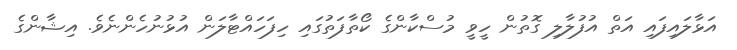
އަޅާލައިފައި އަތް އުފުލާލި ގޮތުން ހީވީ މުސްކާންގެ ކޯތާފަތުގައި ހިފަހައްޓާލަން އުޅުނުހެންނެވެ. އިޝާންގެ